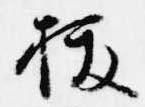
抜